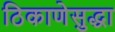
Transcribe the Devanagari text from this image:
ठिकाणेसुद्धा